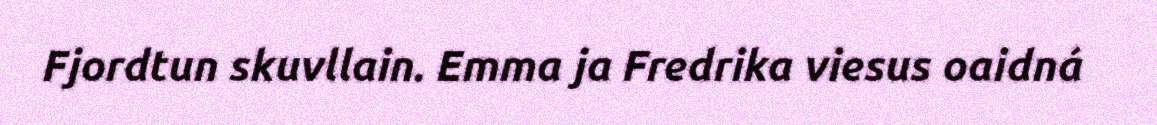
Fjordtun skuvllain. Emma ja Fredrika viesus oaidná